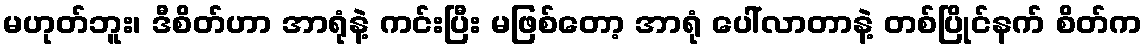
မဟုတ်ဘူး၊ ဒီစိတ်ဟာ အာရုံနဲ့ ကင်းပြီး မဖြစ်တော့ အာရုံ ပေါ်လာတာနဲ့ တစ်ပြိုင်နက် စိတ်က